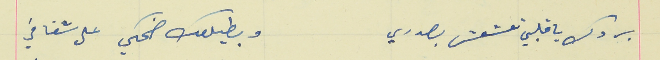
بردك ياقلبي تعشعش بصدري                                    وبطيلعك ضحكي على شفافي